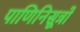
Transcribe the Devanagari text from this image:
पाणिनिसूत्रों